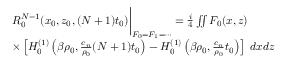
\begin{array} { r l } & { R _ { 0 } ^ { N - 1 } ( x _ { 0 } , z _ { 0 } , ( N + 1 ) t _ { 0 } ) \bigg \rvert _ { F _ { 0 } = F _ { 1 } = \cdots } = \frac { i } { 4 } \iint F _ { 0 } ( x , z ) } \\ & { \times \left[ H _ { 0 } ^ { ( 1 ) } \left( \beta \rho _ { 0 } , \frac { c _ { n } } { \rho _ { 0 } } ( N + 1 ) t _ { 0 } \right) - H _ { 0 } ^ { ( 1 ) } \left( \beta \rho _ { 0 } , \frac { c _ { n } } { \rho _ { 0 } } t _ { 0 } \right) \right] \; d x d z } \end{array}